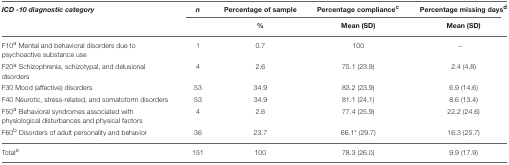
| ICD -10 diagnostic category | n | Percentage of sample | Percentage compliancec | Percentage missing daysd |
 |  |  | % | Mean (SD) | Mean (SD) |
 | --- | --- | --- | --- | --- |
 | F10a Mental and behavioral disorders due to psychoactive substance use | 1 | 0.7 | 100 | − |
 | F20a Schizophrenia, schizotypal, and delusional disorders | 4 | 2.6 | 75.1 (23.9) | 2.4 (4.8) |
 | F30 Mood (affective) disorders | 53 | 34.9 | 83.2 (23.9) | 6.9 (14.6) |
 | F40 Neurotic, stress-related, and somatoform disorders | 53 | 34.9 | 81.1 (24.1) | 8.6 (13.4) |
 | F50a Behavioral syndromes associated with physiological disturbances and physical factors | 4 | 2.6 | 77.4 (25.9) | 22.2 (24.6) |
 | F60b Disorders of adult personality and behavior | 36 | 23.7 | 66.1* (29.7) | 16.3 (25.7) |
 | Totale | 151 | 100 | 78.3 (26.0) | 9.9 (17.9) |